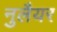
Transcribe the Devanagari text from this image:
नुलैयर